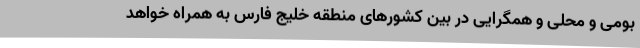
بومی و محلی و همگرایی در بین کشورهای منطقه خلیج فارس به همراه خواهد